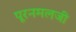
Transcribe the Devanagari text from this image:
पूरनमलजी